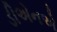
ડીએનએ